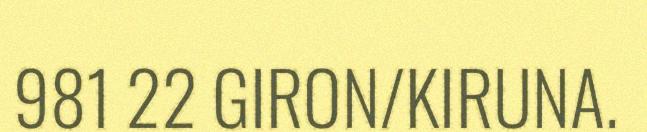
981 22 GIRON/KIRUNA.